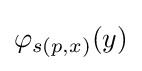
\varphi _{s(p,x)}(y)